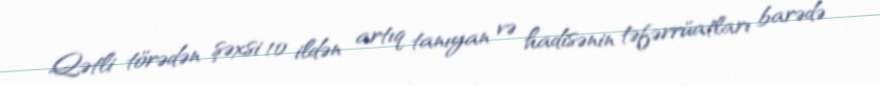
Qətli törədən şəxsi 10 ildən artıq tanıyan və hadisənin təfərrüatları barədə